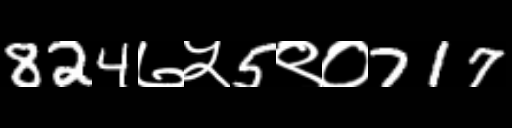
Text: 824७५5९०717